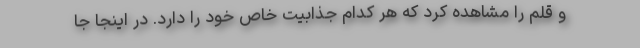
و قلم را مشاهده کرد که هر کدام جذابیت خاص خود را دارد. در اینجا جا